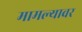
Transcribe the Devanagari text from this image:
मामल्यावर